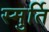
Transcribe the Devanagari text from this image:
स्मुर्ति